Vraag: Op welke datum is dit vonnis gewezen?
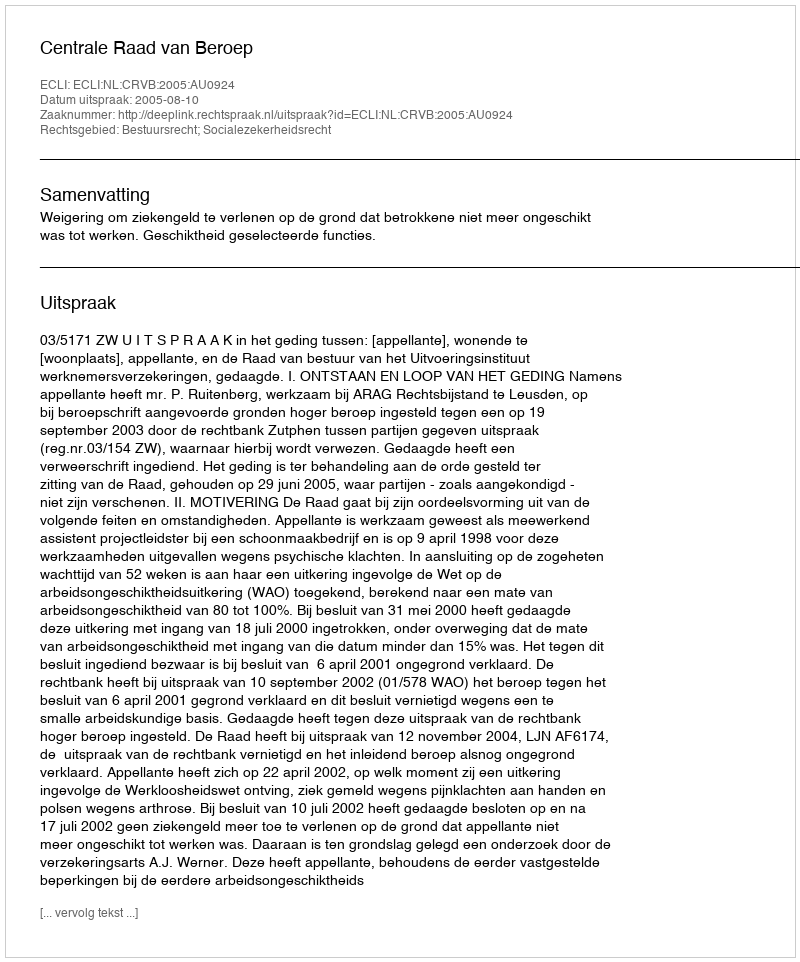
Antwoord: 2005-08-10